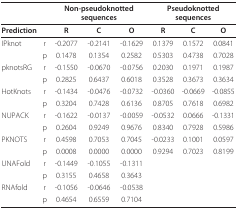
|  |  | <COLSPAN=3> Non-pseudoknotted sequences | <COLSPAN=3> Pseudoknotted sequences |
 | --- | --- | --- | --- | --- | --- | --- | --- |
 | Prediction |  | R | C | O | R | C | O |
 | IPknot | r | -0.2077 | -0.2141 | -0.1629 | 0.1379 | 0.1572 | 0.0841 |
 |  | p | 0.1478 | 0.1354 | 0.2582 | 0.5303 | 0.4738 | 0.7028 |
 | pknotsRG | r | -0.1550 | -0.0670 | -0.0756 | 0.2030 | 0.1971 | 0.1987 |
 |  | p | 0.2825 | 0.6437 | 0.6018 | 0.3528 | 0.3673 | 0.3634 |
 | HotKnots | r | -0.1434 | -0.0476 | -0.0732 | -0.0360 | -0.0669 | -0.0855 |
 |  | p | 0.3204 | 0.7428 | 0.6136 | 0.8705 | 0.7618 | 0.6982 |
 | NUPACK | r | -0.1622 | -0.0137 | -0.0059 | -0.0532 | 0.0666 | -0.1331 |
 |  | p | 0.2604 | 0.9249 | 0.9676 | 0.8340 | 0.7928 | 0.5986 |
 | PKNOTS | r | 0.4598 | 0.7053 | 0.7045 | -0.0233 | 0.1001 | 0.0597 |
 |  | p | 0.0008 | 0.0000 | 0.0000 | 0.9294 | 0.7023 | 0.8199 |
 | UNAFold | r | -0.1449 | -0.1055 | -0.1311 |  |  |  |
 |  | p | 0.3155 | 0.4658 | 0.3643 |  |  |  |
 | RNAfold | r | -0.1056 | -0.0646 | -0.0538 |  |  |  |
 |  | p | 0.4654 | 0.6559 | 0.7104 |  |  |  |